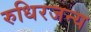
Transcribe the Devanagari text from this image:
रुधिरजन्य